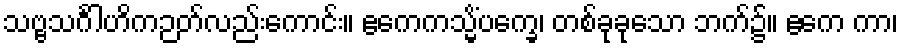
သဗ္ဗသင်္ဂါဟိကဉတ်လည်းကောင်း။ ဧကေကသ္မိံပက္ခေ၊ တစ်ခုခုသော ဘက်၌။ ဧကေ ကာ၊